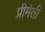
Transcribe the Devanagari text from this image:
प्रीमेती